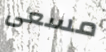
مسعى